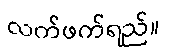
လက်ဖက်ရည်။